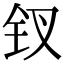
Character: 钗